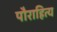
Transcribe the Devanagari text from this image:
पौराहित्य